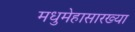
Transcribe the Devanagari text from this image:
मधुमेहासारख्या